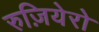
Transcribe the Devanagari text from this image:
रुज़ियेरो